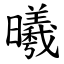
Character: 曦